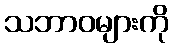
သဘာဝများကို